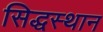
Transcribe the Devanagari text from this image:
सिद्धस्थान